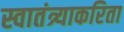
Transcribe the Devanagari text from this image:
स्वातंत्र्याकरिता